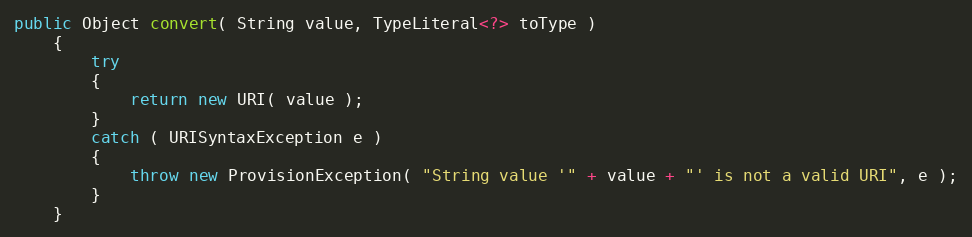
Language: Java
public Object convert( String value, TypeLiteral<?> toType )
    {
        try
        {
            return new URI( value );
        }
        catch ( URISyntaxException e )
        {
            throw new ProvisionException( "String value '" + value + "' is not a valid URI", e );
        }
    }